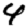
Digit: 4